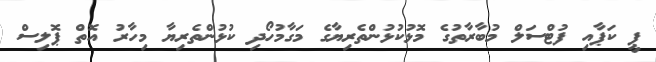
ޕީ ކަޕާއި ފުޓްސަލް މުބާރާތުގެ މޮޅުކުޅުންތެރިޔާގެ މަގާމުހޯދި ކުޅުންތެރިޔާ މިހާރު އޮތް ޕޮލިސް